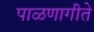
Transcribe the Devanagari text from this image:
पाळणागीते